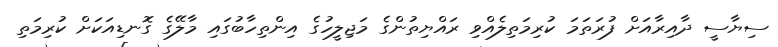
ސިޔާސީ ދާއިރާއަށް ފުރަތަމަ ކުރިމަތިލެއްވި ރައްޔިތުންގެ މަޖިލީހުގެ އިންތިހާބުގައި މާލޭގެ ގޮނޑިއަކަށް ކުރިމަތި